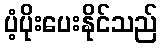
ပံ့ပိုးပေးနိုင်သည်